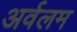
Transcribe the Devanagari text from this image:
अर्वलम